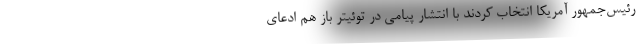
رئیس‌جمهور آمریکا انتخاب کردند با انتشار پیامی در توئیتر باز هم ادعای